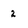
Character: 2